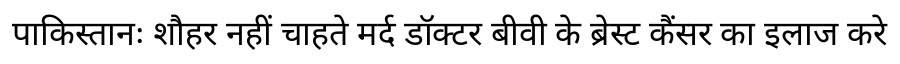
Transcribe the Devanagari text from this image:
पाकिस्तानः शौहर नहीं चाहते मर्द डॉक्टर बीवी के ब्रेस्ट कैंसर का इलाज करे